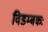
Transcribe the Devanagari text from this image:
विडम्बकः